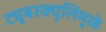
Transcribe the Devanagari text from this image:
ट्युबरक्युलिमुळे